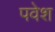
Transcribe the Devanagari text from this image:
पवेश